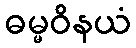
ဓမ္မဝိနယံ